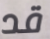
قد